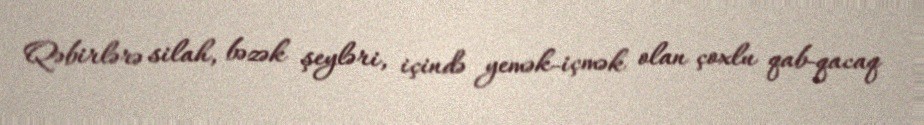
Qəbirlərə silah, bəzək şeyləri, içində yemək-içmək olan çoxlu qab-qacaq